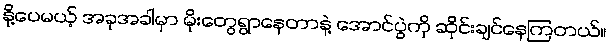
နို့ပေမယ့် အခုအခါမှာ မိုးတွေရွာနေတာနဲ့ အောင်ပွဲကို ဆိုင်းချင်နေကြတယ်။